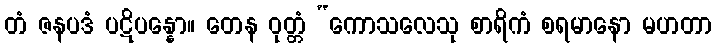
တံ ဇနပဒံ ပဋိပန္နော။ တေန ဝုတ္တံ “ကောသလေသု စာရိကံ စရမာနော မဟတာ